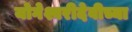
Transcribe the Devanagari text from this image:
योगेश्वरीदेवीच्या